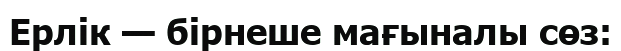
Ерлік — бірнеше мағыналы сөз: